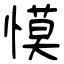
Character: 慔